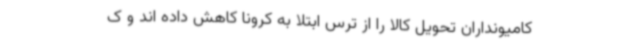
کامیونداران تحویل کالا را از ترس ابتلا به کرونا کاهش داده اند و ک